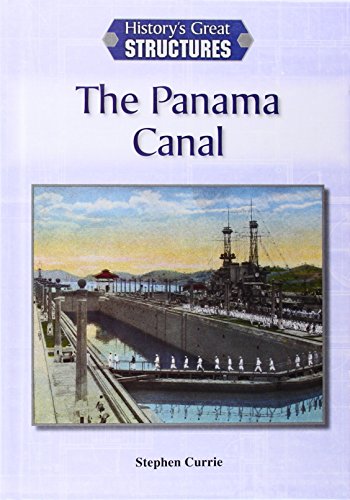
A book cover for The Panama Canal (History's Great Structures (Reference Point)); Stephen Currie; Teen & Young Adult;